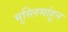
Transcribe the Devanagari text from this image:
मुस्लिमांहून